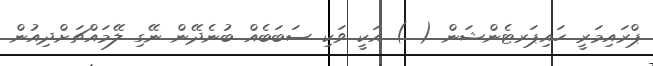
ޕްރައިމަރީ ހައިޕަރޓެންޝަން ( ) އަކީ ވަކި ސަބަބެއް ބުނެދޭން ނޭގި ލޭމައްޗަށްދިއުން